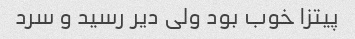
پیتزا خوب بود ولی دیر رسید و سرد